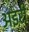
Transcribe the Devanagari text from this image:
अइरी